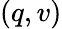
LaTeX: (q,v)